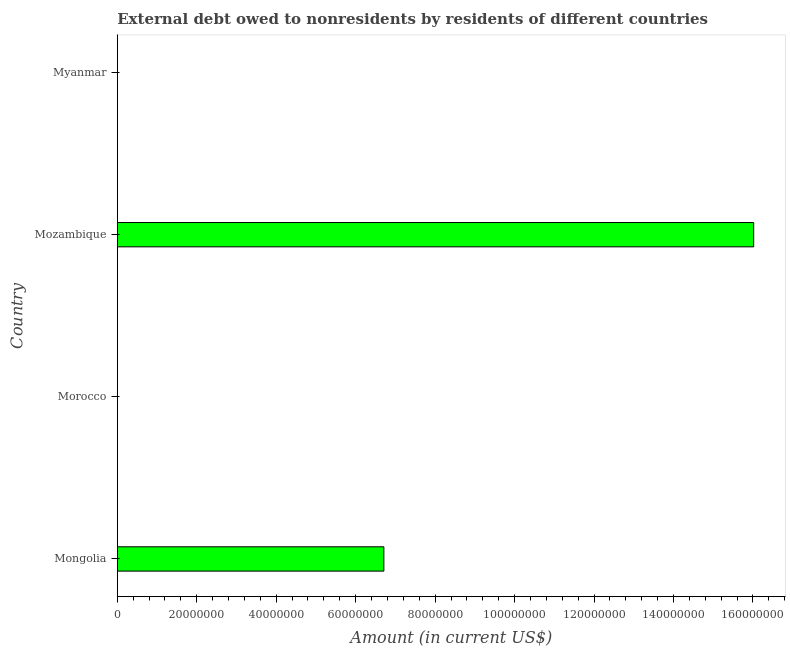
| Country | Debt |
 | --- | --- |
 | Mongolia | 6.71e+07 |
 | Morocco | -8.26e+07 |
 | Mozambique | 1.6e+08 |
 | Myanmar | -9.65e+07 |